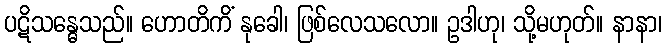
ပဋိသန္ဓေသည်။ ဟောတိကိံ နုခေါ၊ ဖြစ်လေသလော။ ဥဒါဟု၊ သို့မဟုတ်။ နာနာ၊